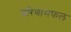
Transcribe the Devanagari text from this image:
परिणामफल